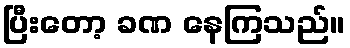
ပြီးတော့ ခဏ နေကြသည်။